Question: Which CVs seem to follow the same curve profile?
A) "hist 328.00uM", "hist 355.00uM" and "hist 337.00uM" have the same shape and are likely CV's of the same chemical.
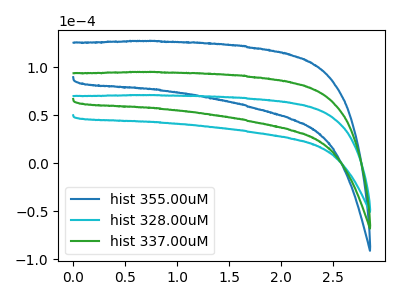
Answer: <think>The blue curve "hist 355.00uM" has no peaks. The cyan curve "hist 328.00uM" has no peaks. The green curve "hist 337.00uM" has no peaks.
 Neither "hist 355.00uM" or "hist 328.00uM" have any peaks. Neither "hist 355.00uM" or "hist 337.00uM" have any peaks. Neither "hist 328.00uM" or "hist 337.00uM" have any peaks.</think>
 <answer>A) "hist 328.00uM", "hist 355.00uM" and "hist 337.00uM" have the same shape and are likely CV's of the same chemical.</answer>
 <eval>A</eval>